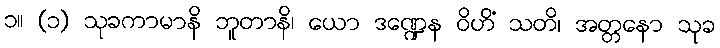
၁။ (၁) သုခကာမာနိ ဘူတာနိ၊ ယော ဒဏ္ဍေန ဝိဟိံ သတိ၊ အတ္တနော သုခ